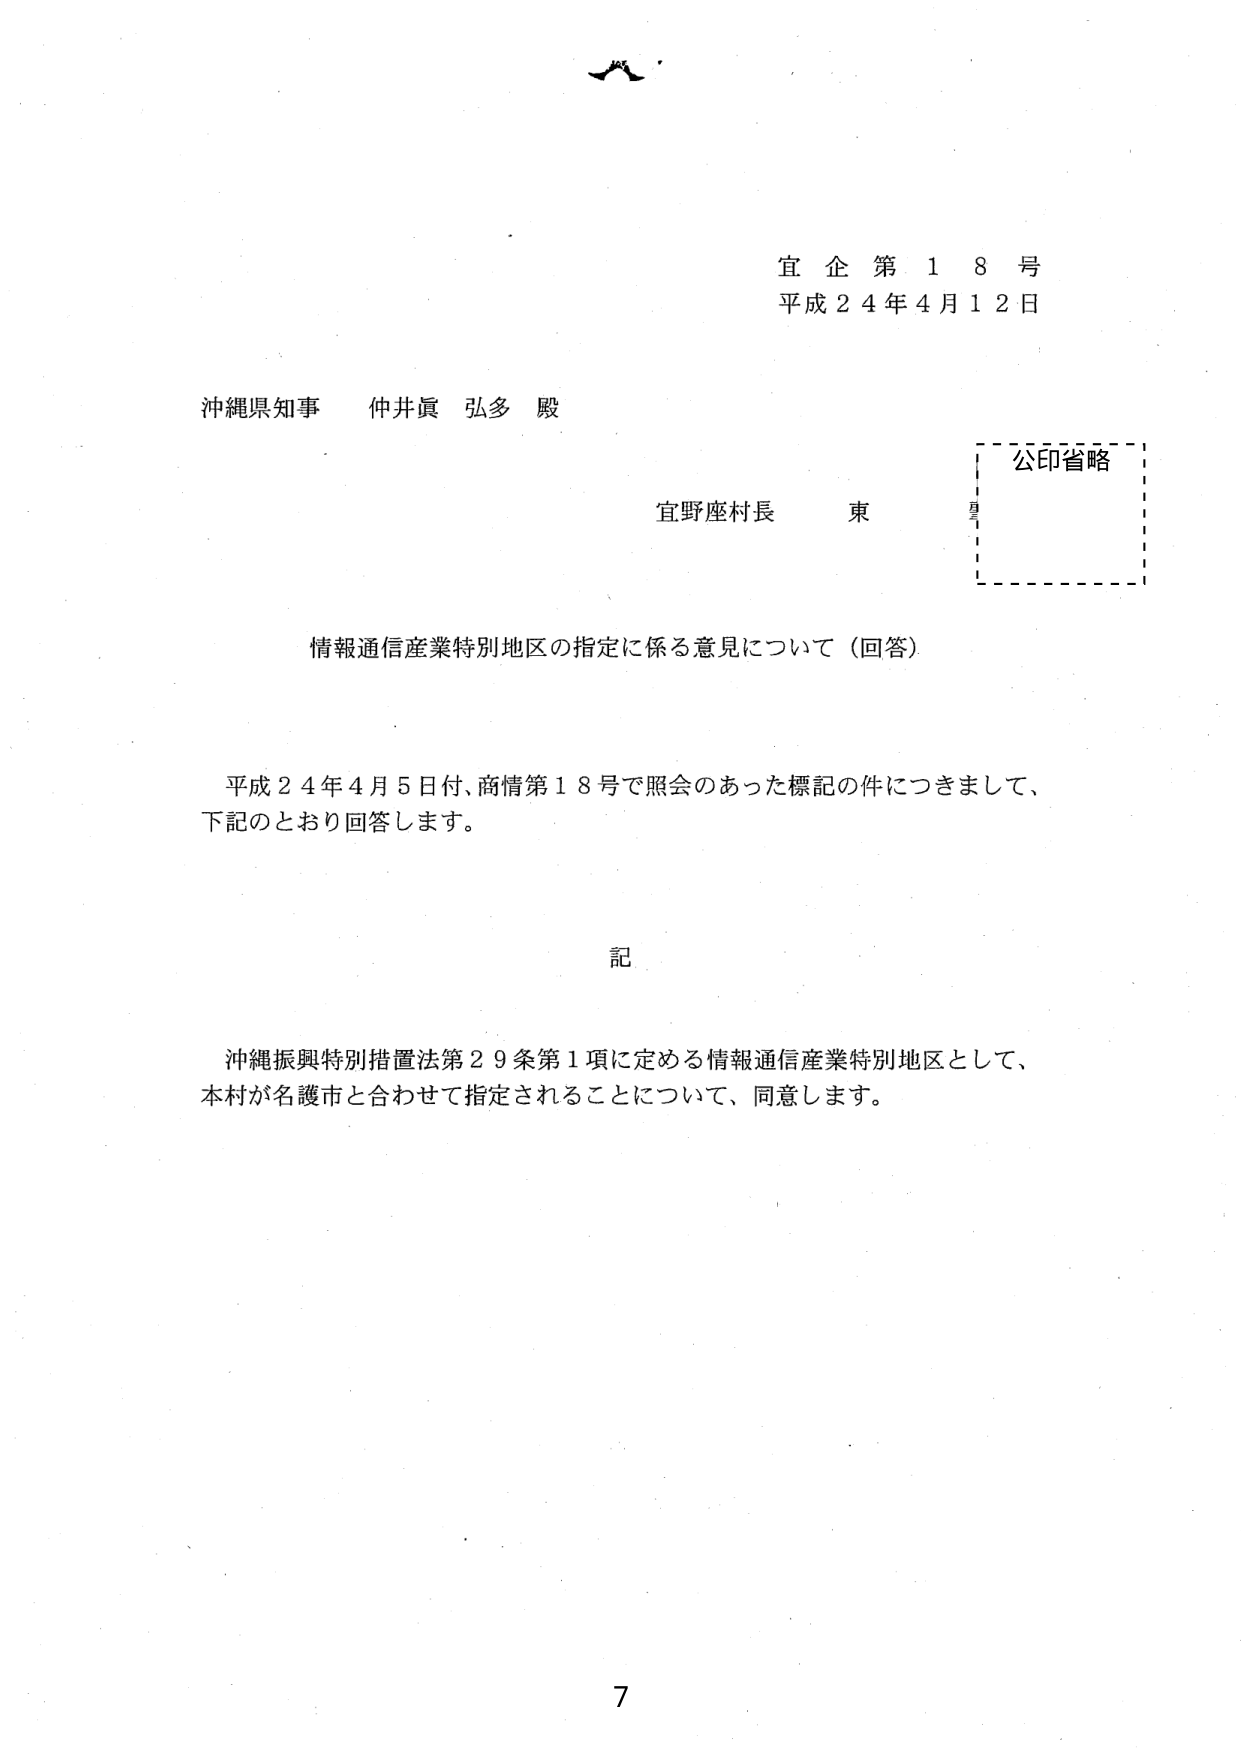
宜企第18号
平成24年4月12日

沖縄県知事 仲井眞 弘多 殿

宜野座村長 東

公印省略

情報通信産業特別地区の指定に係る意見について（回答）

平成24年4月5日付、商情第18号で照会のあった標記の件につきまして、
下記のとおり回答します。

記

沖縄振興特別措置法第29条第1項に定める情報通信産業特別地区として、
本村が名護市と合わせて指定されることについて、同意します。

7